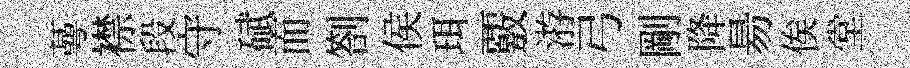
蕚襟段守碔而劄侯珥覈㳺弓剛降昜俟堂